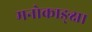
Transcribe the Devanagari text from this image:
मनोकाङ्क्षा